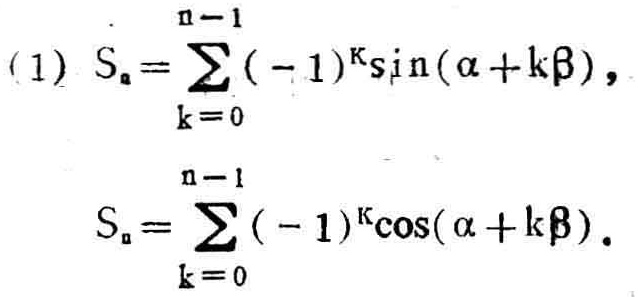
(1) \(S_{n}=\sum_{k = 0}^{n - 1}(-1)^{k}\sin(\alpha + k\beta)\)，
\(S_{n}=\sum_{k = 0}^{n - 1}(-1)^{k}\cos(\alpha + k\beta)\)。